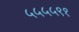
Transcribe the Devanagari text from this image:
५५५५९१